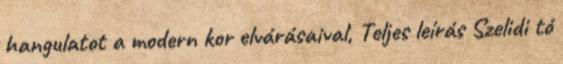
hangulatot a modern kor elvárásaival, Teljes leírás Szelidi tó